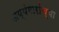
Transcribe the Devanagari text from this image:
अय्यंगारांच्या